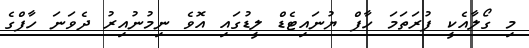
މި ގޯލާއެކީ ފުރަތަމަ ހާފް ޔުނައިޓެޑް ލީޑުގައި އޮވެ ނިމުނުއިރު ދެވަނަ ހާފްގެ